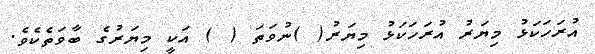
އުރަހަކަޅު މިޔަރު އުރަހަކަޅު މިޔަރު( )ނުވަތަ ( ) އަކީ މިޔަރުގެ ބާވަތެކެވެ.